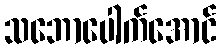
သဘောပေါက်အောင်